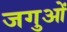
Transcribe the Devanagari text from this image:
जगुओं